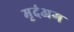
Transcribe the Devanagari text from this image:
मृदंअग